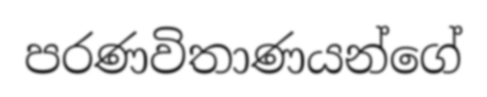
පරණවිතාණයන්ගේ